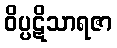
ဝိပ္ပဋိသာရဇာ